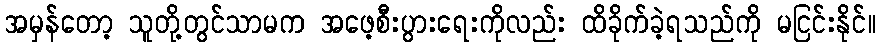
အမှန်တော့ သူတို့တွင်သာမက အဖေ့စီးပွားရေးကိုလည်း ထိခိုက်ခဲ့ရသည်ကို မငြင်းနိုင်။